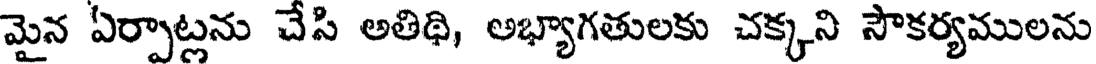
మైన ఏర్పాట్లను చేసి అతిథి, అభ్యాగతులకు చక్కని సౌకర్యములను